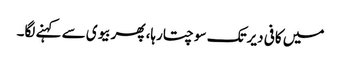
میں کافی دیرتک سوچتارہا، پھربیوی سے کہنے لگا۔